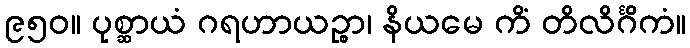
၉၅၀။ ပုစ္ဆာယံ ဂရဟာယဉ္စာ၊ နိယမေ ကိံ တိလိင်္ဂိကံ။